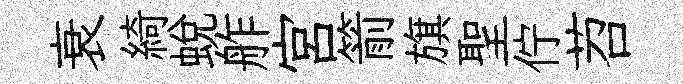
衰綺蜕舴宫箭旗聖佇苕